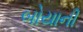
બોયાની